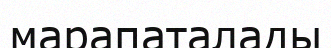
марапаталады